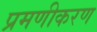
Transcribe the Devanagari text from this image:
प्रमणीकरण